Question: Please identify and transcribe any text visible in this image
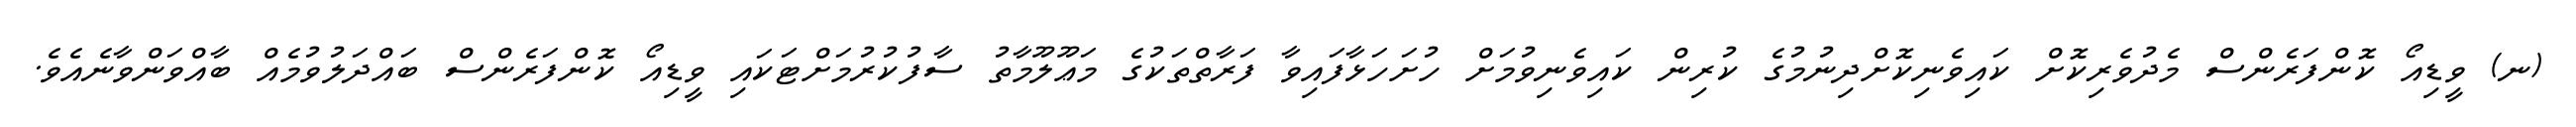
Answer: (ނ) ވީޑިއޯ ކޮންފަރެންސް މެދުވެރިކޮށް ކައިވެނިކޮށްދިނުމުގެ ކުރިން ކައިވެނިވުމަށް ހުށަހަޅާފައިވާ ފަރާތްތަކުގެ މަޢޫލޫމާތު ސާފުކުރުމަށްޓަކައި ވީޑިއޯ ކޮންފަރެންސް ބައްދަލުވުމެއް ބާއްވަންވާނެއެވެ.